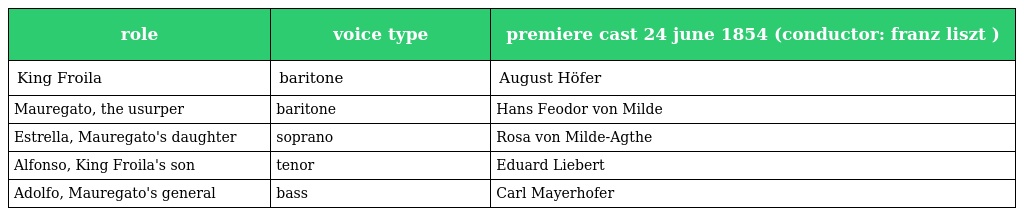
| role | voice type | premiere cast 24 june 1854 (conductor: franz liszt ) |
 | --- | --- | --- |
 | King Froila | baritone | August Höfer |
 | Mauregato, the usurper | baritone | Hans Feodor von Milde |
 | Estrella, Mauregato's daughter | soprano | Rosa von Milde-Agthe |
 | Alfonso, King Froila's son | tenor | Eduard Liebert |
 | Adolfo, Mauregato's general | bass | Carl Mayerhofer |